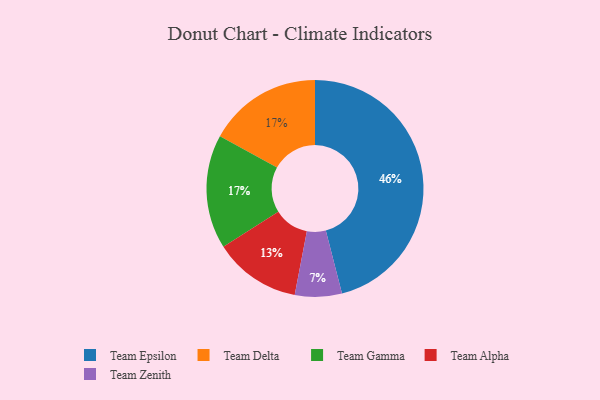
{"axis": {"x": "Category", "y": "Percentage"}, "legend": ["Team Alpha", "Team Delta", "Team Epsilon", "Team Gamma", "Team Zenith"], "data": [{"x": "Team Delta", "y": 17, "type": "Team Delta"}, {"x": "Team Alpha", "y": 13, "type": "Team Alpha"}, {"x": "Team Gamma", "y": 17, "type": "Team Gamma"}, {"x": "Team Epsilon", "y": 46, "type": "Team Epsilon"}, {"x": "Team Zenith", "y": 7, "type": "Team Zenith"}]}